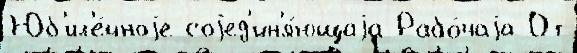
Юб'ил'е́йноjе соjед'ин'я́ющаjа Рабо́чаjа От